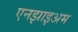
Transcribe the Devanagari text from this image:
एनझाइअम